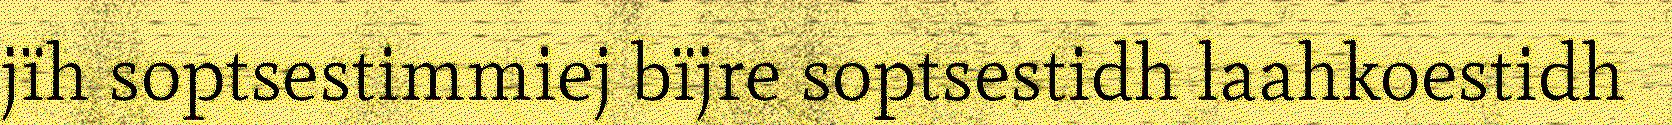
jïh soptsestimmiej bïjre soptsestidh laahkoestidh